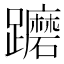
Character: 𨇢